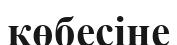
көбесіне